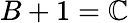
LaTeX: B+1=\mathbb{C}